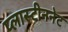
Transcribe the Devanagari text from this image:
प्लास्टीननेट